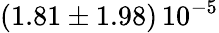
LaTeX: \left(1.81\pm 1.98\right)\, 10^{-5}